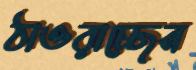
ঠাওরাচ্ছেন